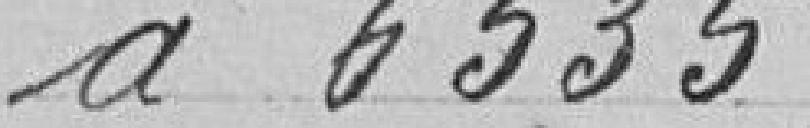
à 6535